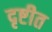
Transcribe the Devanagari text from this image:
दृष्टीत